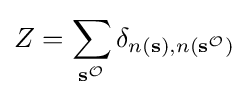
Z=\sum _{\mathbf {s} ^{\mathcal {O}}}\delta _{n\left(\mathbf {s} \right),n\left(\mathbf {s} ^{\mathcal {O}}\right)}